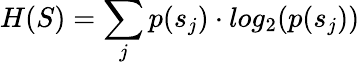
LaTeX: H(S)=\sum_{j}p(s_{j})\cdot log_{2}(p(s_{j}))